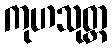
ကုဟသုတ္တ